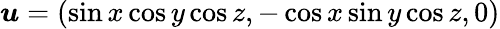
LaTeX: \boldsymbol{u}=(\sin x\cos y\cos z,-\cos x\sin y\cos z,0)